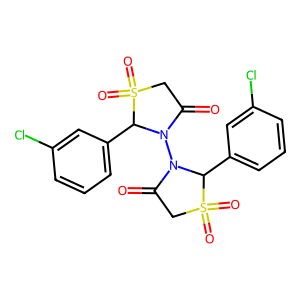
SMILES: O=C1CS(=O)(=O)C(c2cccc(Cl)c2)N1N1C(=O)CS(=O)(=O)C1c1cccc(Cl)c1
Inhibits HIV replication: No